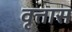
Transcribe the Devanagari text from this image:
वृत्तास